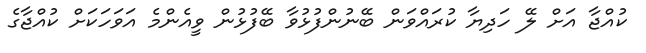
ކުއްޖާ އަށް ލޭ ހަދިޔާ ކުރައްވަން ބޭނުންފުޅުވާ ބޭފުޅުން ވީއެންމެ އަވަހަކަށް ކުއްޖާގެ